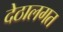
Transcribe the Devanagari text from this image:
देठालगत